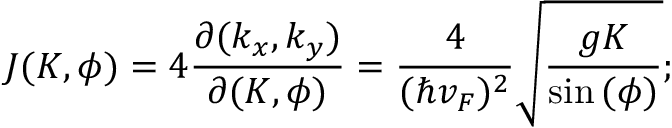
J ( K , \phi ) = 4 \frac { \partial ( k _ { x } , k _ { y } ) } { \partial ( K , \phi ) } = \frac { 4 } { ( \hbar v _ { F } ) ^ { 2 } } \sqrt { \frac { g K } { \sin { ( \phi ) } } } ;